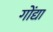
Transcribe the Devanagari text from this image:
गोंद्या